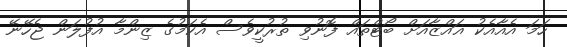
ހަމަ އެއާއެކު ޣައްޒާއަށް ބޯޓްތައް ފޮނުވި ތުރުކީވެސް އެކަމުގެ ޒިންމާ އުފުލަން ޖެހޭނޭ